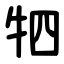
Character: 牭